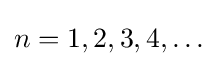
n=1,2,3,4,\ldots